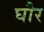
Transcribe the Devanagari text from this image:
घौर